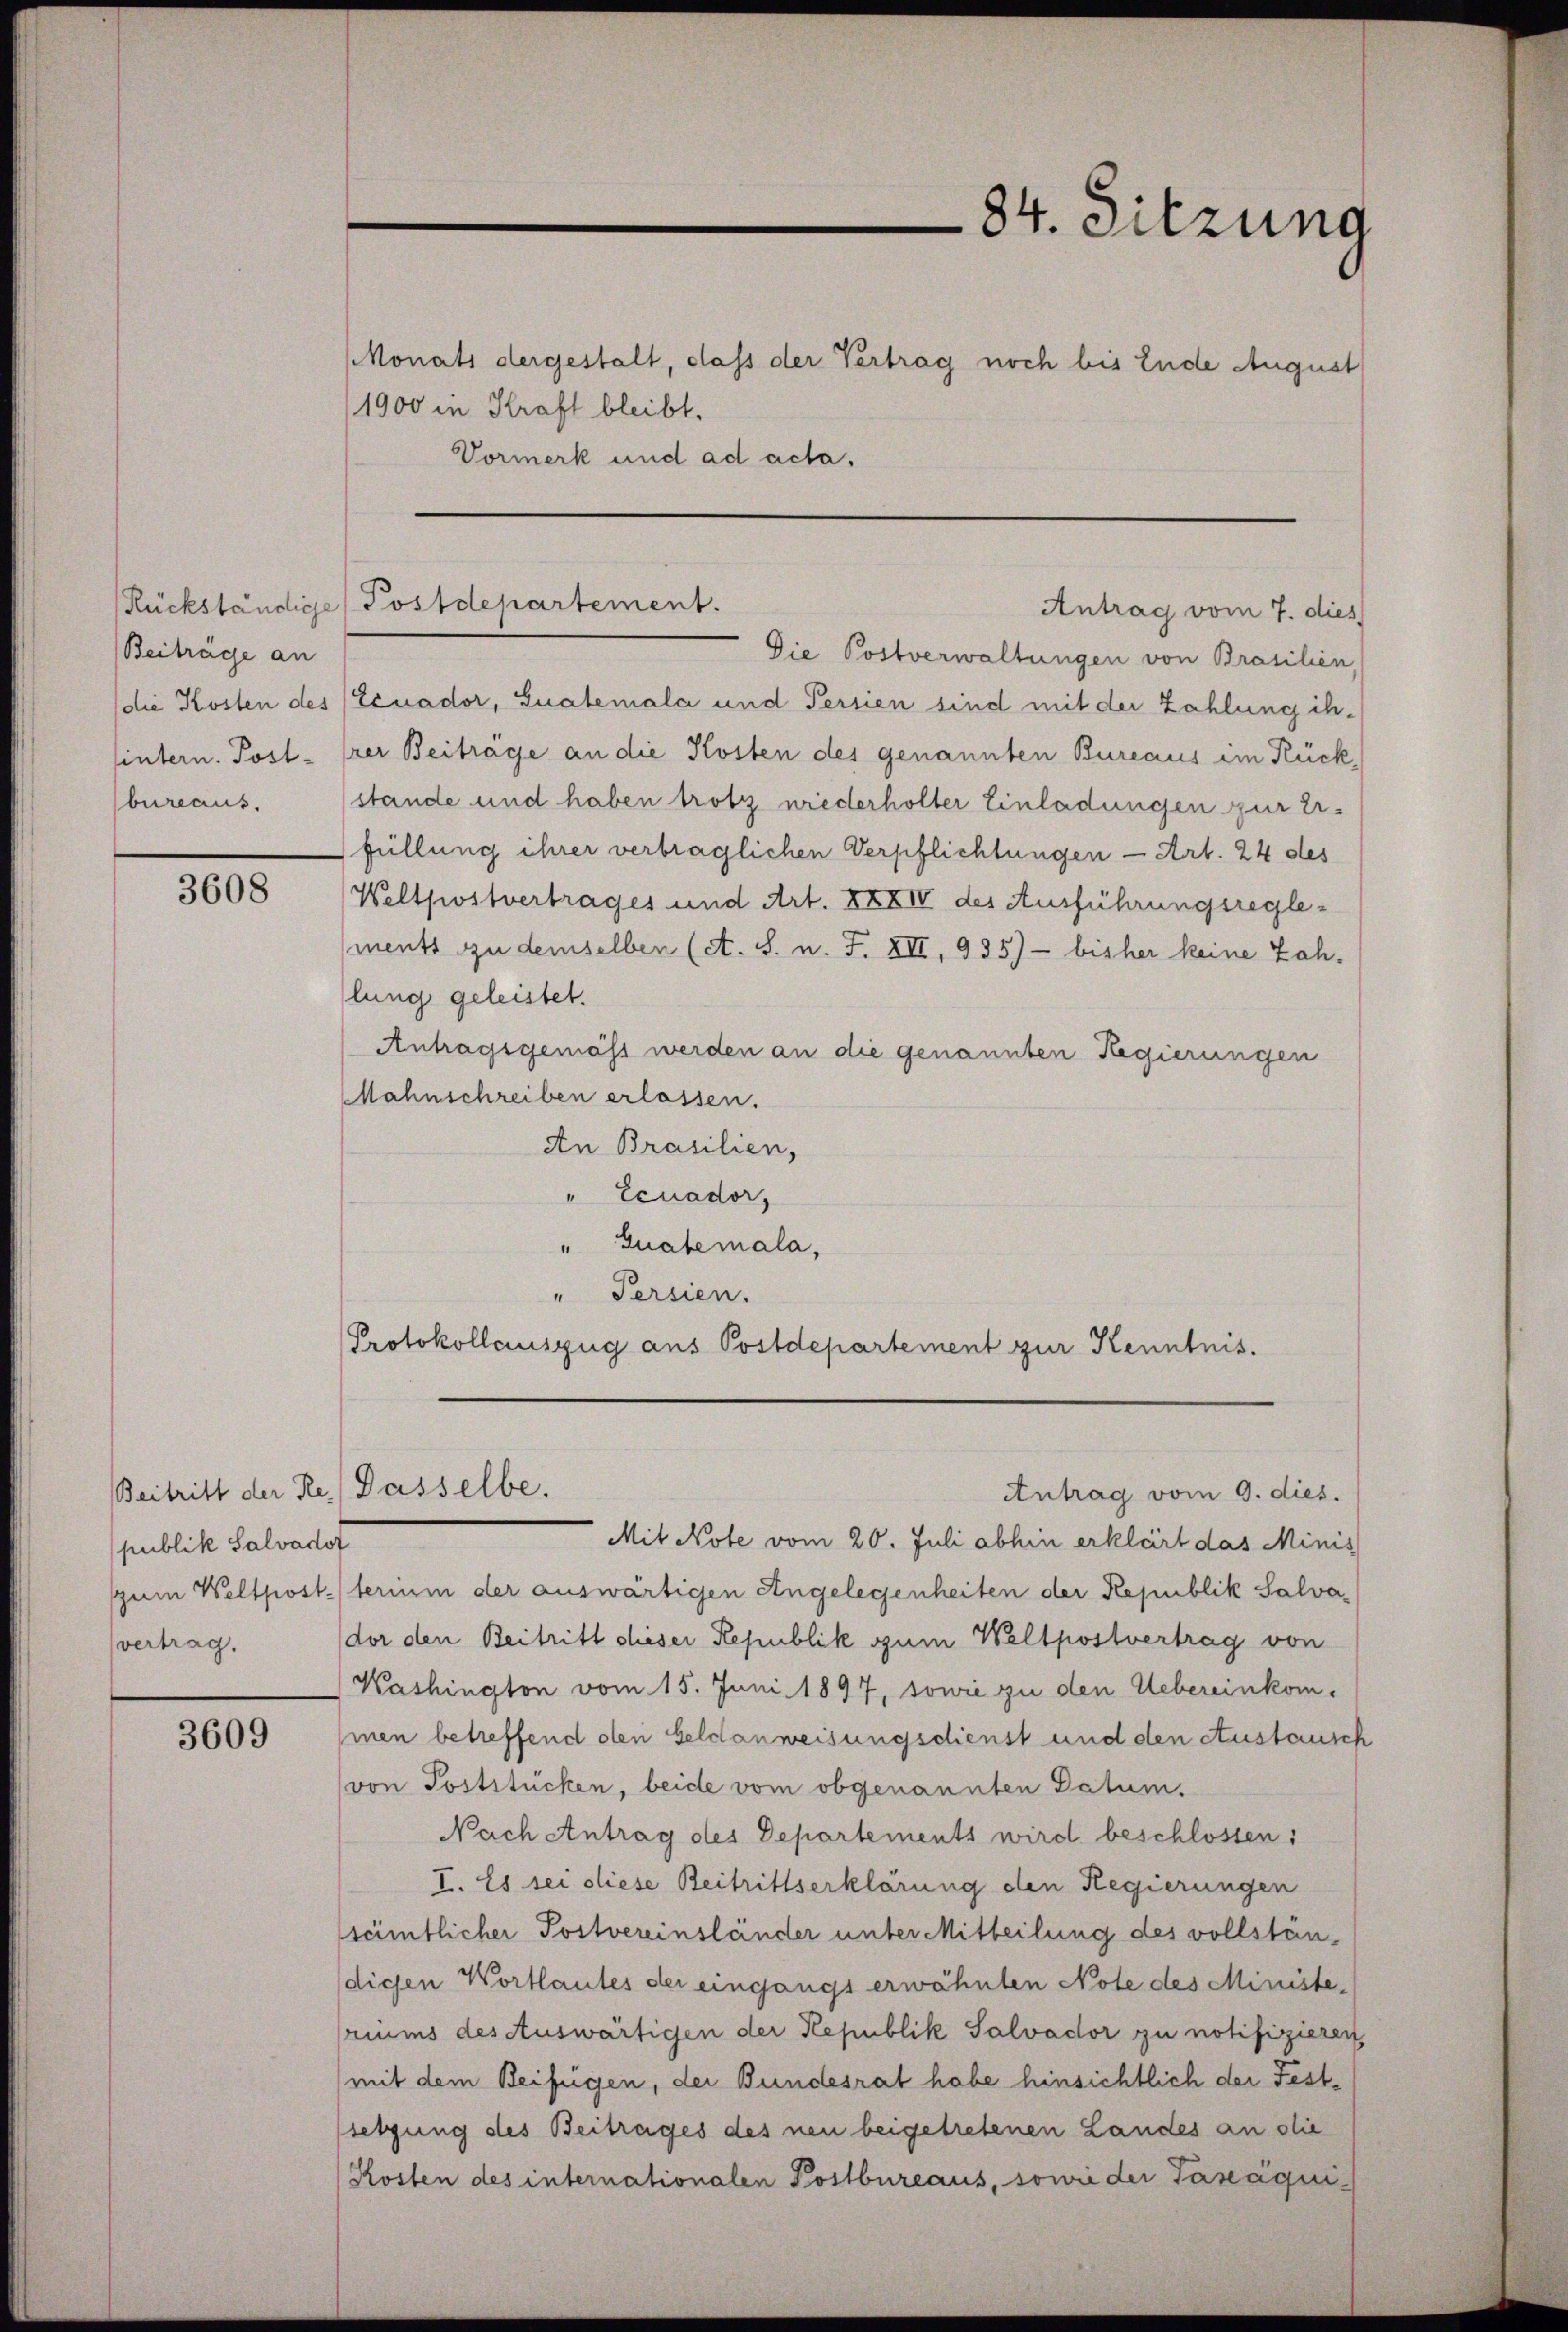
Beiträge an
bureaus.

3608

publik Salvadot
svertrag.

3609

Monats dergestalt, dass der Vertrag noch bis Ende August
1900 in Kraft bleibt.
Vormerk und ad acta.

Die Postverwaltungen von Brasilien,
(die Kosten des (Einador, Gualemala und Persien sind mit der Zahlung ihsintern. Post - erer Beiträge an die Kosten des genannten Bureaus im Rück
stände und haben trotz niederholter Einladungen zur Erfüllung ihrer verträglichen Verpflichtungen - Art. 24 des
Weltpostvertrages und Art. XXXIV des Ausführungsreglements zu demselben (et. S. n. F. XII, 935) - bisher keine Zah-
lung geleistet.
Antragsgemäss werden an die genannten Regierungen
Mahnschreiben erlassen.
An Brasilien,
" Ecnador,
" Qualemala,
" Persien.
Protokollauszug aus Postdepartement zur Kenntnis.

Beitritt der Re.) Dasselbe.

Rückständige Postdepartement.

84. Sitzung

Antrag vom 7. dies

Antrag vom 9. dies.
Mit Note vom 20. Juli abhin erklärt das Minis
spum Weltposteterium der auswärtigen Angelegenheiten der Republik Salvador den Beitritt dieser Republik zum Weltpostvertrag von
Washington vom 15. Juni 1897, sowie zu den Uebereinkommen betreffend den Geldanweisungsdienst und den Austausch
von Poststücken, beide vom obgenannten Datum.
Nach Antrag des Departements wird beschlossen:
I. Es sei diese Beitrittserklärung den Regierungen
sämtlicher Postvereinsländer unter Mitteilung des vollständichen Wortlautes der eingangs erwähnten Note des Ministeriums des Auswärtigen der Republik Salvador zu notifizieren
(mit dem Beifügen, der Bundesrat habe hinsichtlich der Festsetzung des Beitrages des neu beigetretenen Landes an die
Kosten des internationalen Postbureaus, sowie der Taxaqui¬